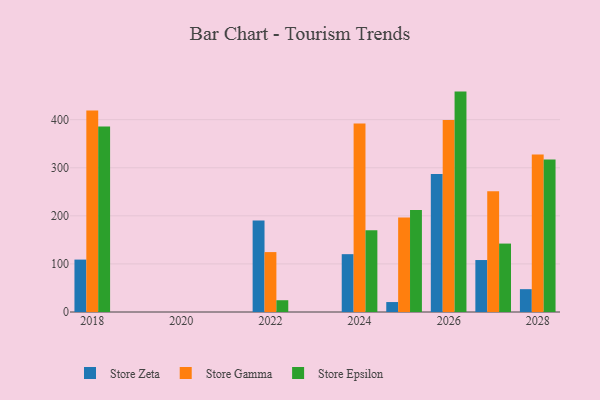
{"axis": {"x": "Year", "y": "Operating Costs (USD K)"}, "legend": ["Store Epsilon", "Store Gamma", "Store Zeta"], "data": [{"x": "2027", "y": 108.1, "type": "Store Zeta"}, {"x": "2027", "y": 251.1, "type": "Store Gamma"}, {"x": "2027", "y": 142.3, "type": "Store Epsilon"}, {"x": "2026", "y": 287.2, "type": "Store Zeta"}, {"x": "2026", "y": 399.3, "type": "Store Gamma"}, {"x": "2026", "y": 458.4, "type": "Store Epsilon"}, {"x": "2018", "y": 109.0, "type": "Store Zeta"}, {"x": "2018", "y": 419.0, "type": "Store Gamma"}, {"x": "2018", "y": 385.6, "type": "Store Epsilon"}, {"x": "2025", "y": 20.7, "type": "Store Zeta"}, {"x": "2025", "y": 196.8, "type": "Store Gamma"}, {"x": "2025", "y": 212.4, "type": "Store Epsilon"}, {"x": "2024", "y": 120.3, "type": "Store Zeta"}, {"x": "2024", "y": 391.9, "type": "Store Gamma"}, {"x": "2024", "y": 169.9, "type": "Store Epsilon"}, {"x": "2022", "y": 190.3, "type": "Store Zeta"}, {"x": "2022", "y": 124.6, "type": "Store Gamma"}, {"x": "2022", "y": 24.5, "type": "Store Epsilon"}, {"x": "2028", "y": 47.5, "type": "Store Zeta"}, {"x": "2028", "y": 327.8, "type": "Store Gamma"}, {"x": "2028", "y": 317.4, "type": "Store Epsilon"}]}